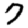
Digit: 7